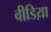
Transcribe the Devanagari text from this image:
वीडिय़ा